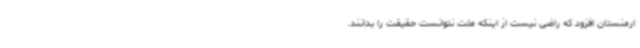
ارمنستان افزود که راضی نیست از اینکه ملت نتوانست حقیقت را بدانند.